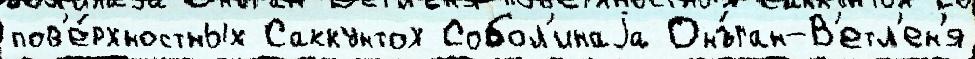
пов'е́рхностных Саккунтох Собол'инаjа Онъ́ган-В'етл'ен'я